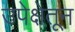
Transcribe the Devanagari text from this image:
उपेक्षेतून